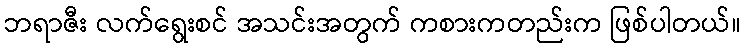
ဘရာဇီး လက်ရွေးစင် အသင်းအတွက် ကစားကတည်းက ဖြစ်ပါတယ်။